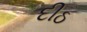
દીઠ